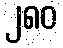
၂၈၀